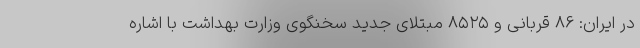
در ایران: ۸۶ قربانی و ۸۵۲۵ مبتلای جدید سخنگوی وزارت بهداشت با اشاره